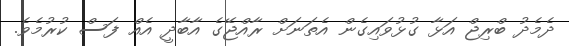
ދެމެދު ބްރިޖް އަޅާ ގުޅުވައިގެން އެތަނަށް ރާއްޖޭގެ އާބާދީ އެއް ފަސް ކުރުމެވެ.